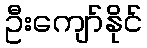
ဦးကျော်နိုင်